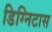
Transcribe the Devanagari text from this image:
डिग्निटास